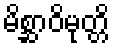
မိစ္ဆာဝိမုတ္တိ